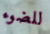
للضوء